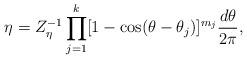
LaTeX: \begin{align*} \eta = Z_\eta^{-1} \prod_{j=1}^{k} [1-\cos(\theta - \theta_j)]^{m_j} \frac{d\theta}{2\pi},\end{align*}